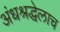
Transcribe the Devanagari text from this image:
अंधश्रद्धेलाच